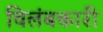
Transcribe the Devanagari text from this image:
विलंबकारी